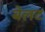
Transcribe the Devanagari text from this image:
बेलट